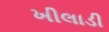
ખીલાડી